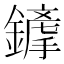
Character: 𨬦